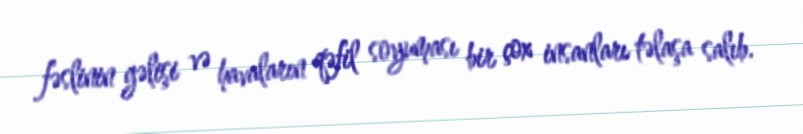
fəslinin gəlişi və havaların qəfil soyuması bir çox insanları təlaşa salıb.